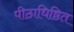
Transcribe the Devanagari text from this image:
पीठाधिष्ठित